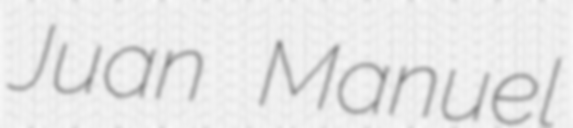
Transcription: Juan Manuel